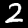
Digit: 2